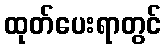
ထုတ်ပေးရာတွင်